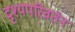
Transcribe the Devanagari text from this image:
दृश्यपरिवर्तन